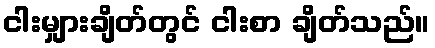
ငါးမျှားချိတ်တွင် ငါးစာ ချိတ်သည်။